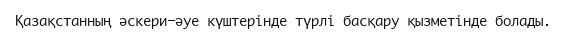
Қазақстанның әскери-әуе күштерінде түрлі басқару қызметінде болады.